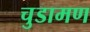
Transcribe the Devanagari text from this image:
चुडामण